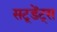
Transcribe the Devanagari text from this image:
सटूडेंट्स